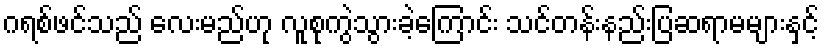
ဂရစ်ဖင်သည် လေးမည်ဟု လူစုကွဲသွားခဲ့ကြောင်း သင်တန်းနည်းပြဆရာမများနှင့်